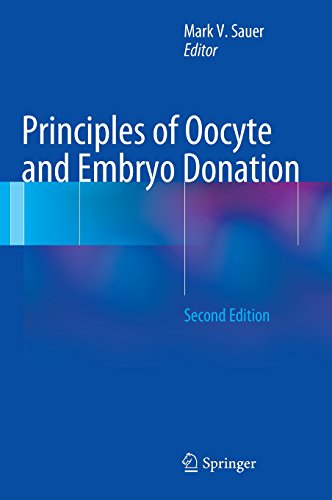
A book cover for Principles of Oocyte and Embryo Donation; Health, Fitness & Dieting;